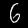
Label: 6